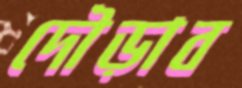
দৌড়াব